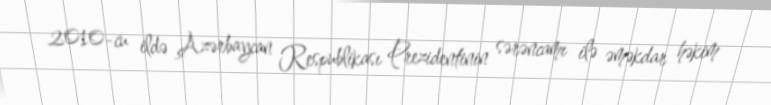
2010-cu ildə Azərbaycan Respublikası Prezidentinin sərəncamı ilə əməkdar həkim